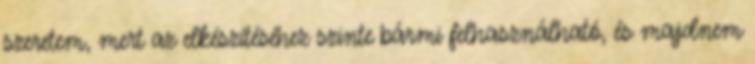
szeretem, mert az elkészítéséhez szinte bármi felhasználható, és majdnem